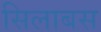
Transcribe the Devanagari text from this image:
सिलाबस